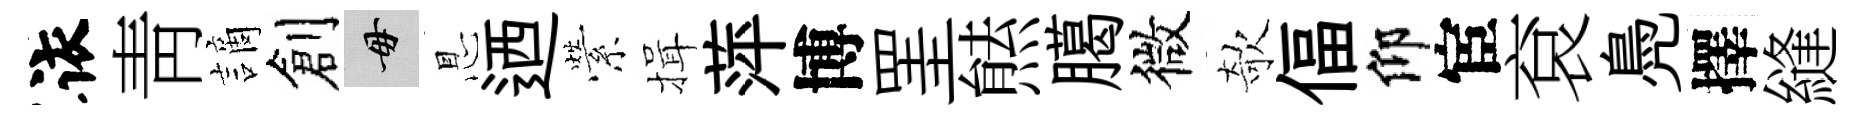
依靑謫創毋㤙迺縈揖萍博罣㷱臈微欹偪仰宦袞鳧擇縫